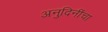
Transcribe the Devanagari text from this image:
अनुदिनींचा